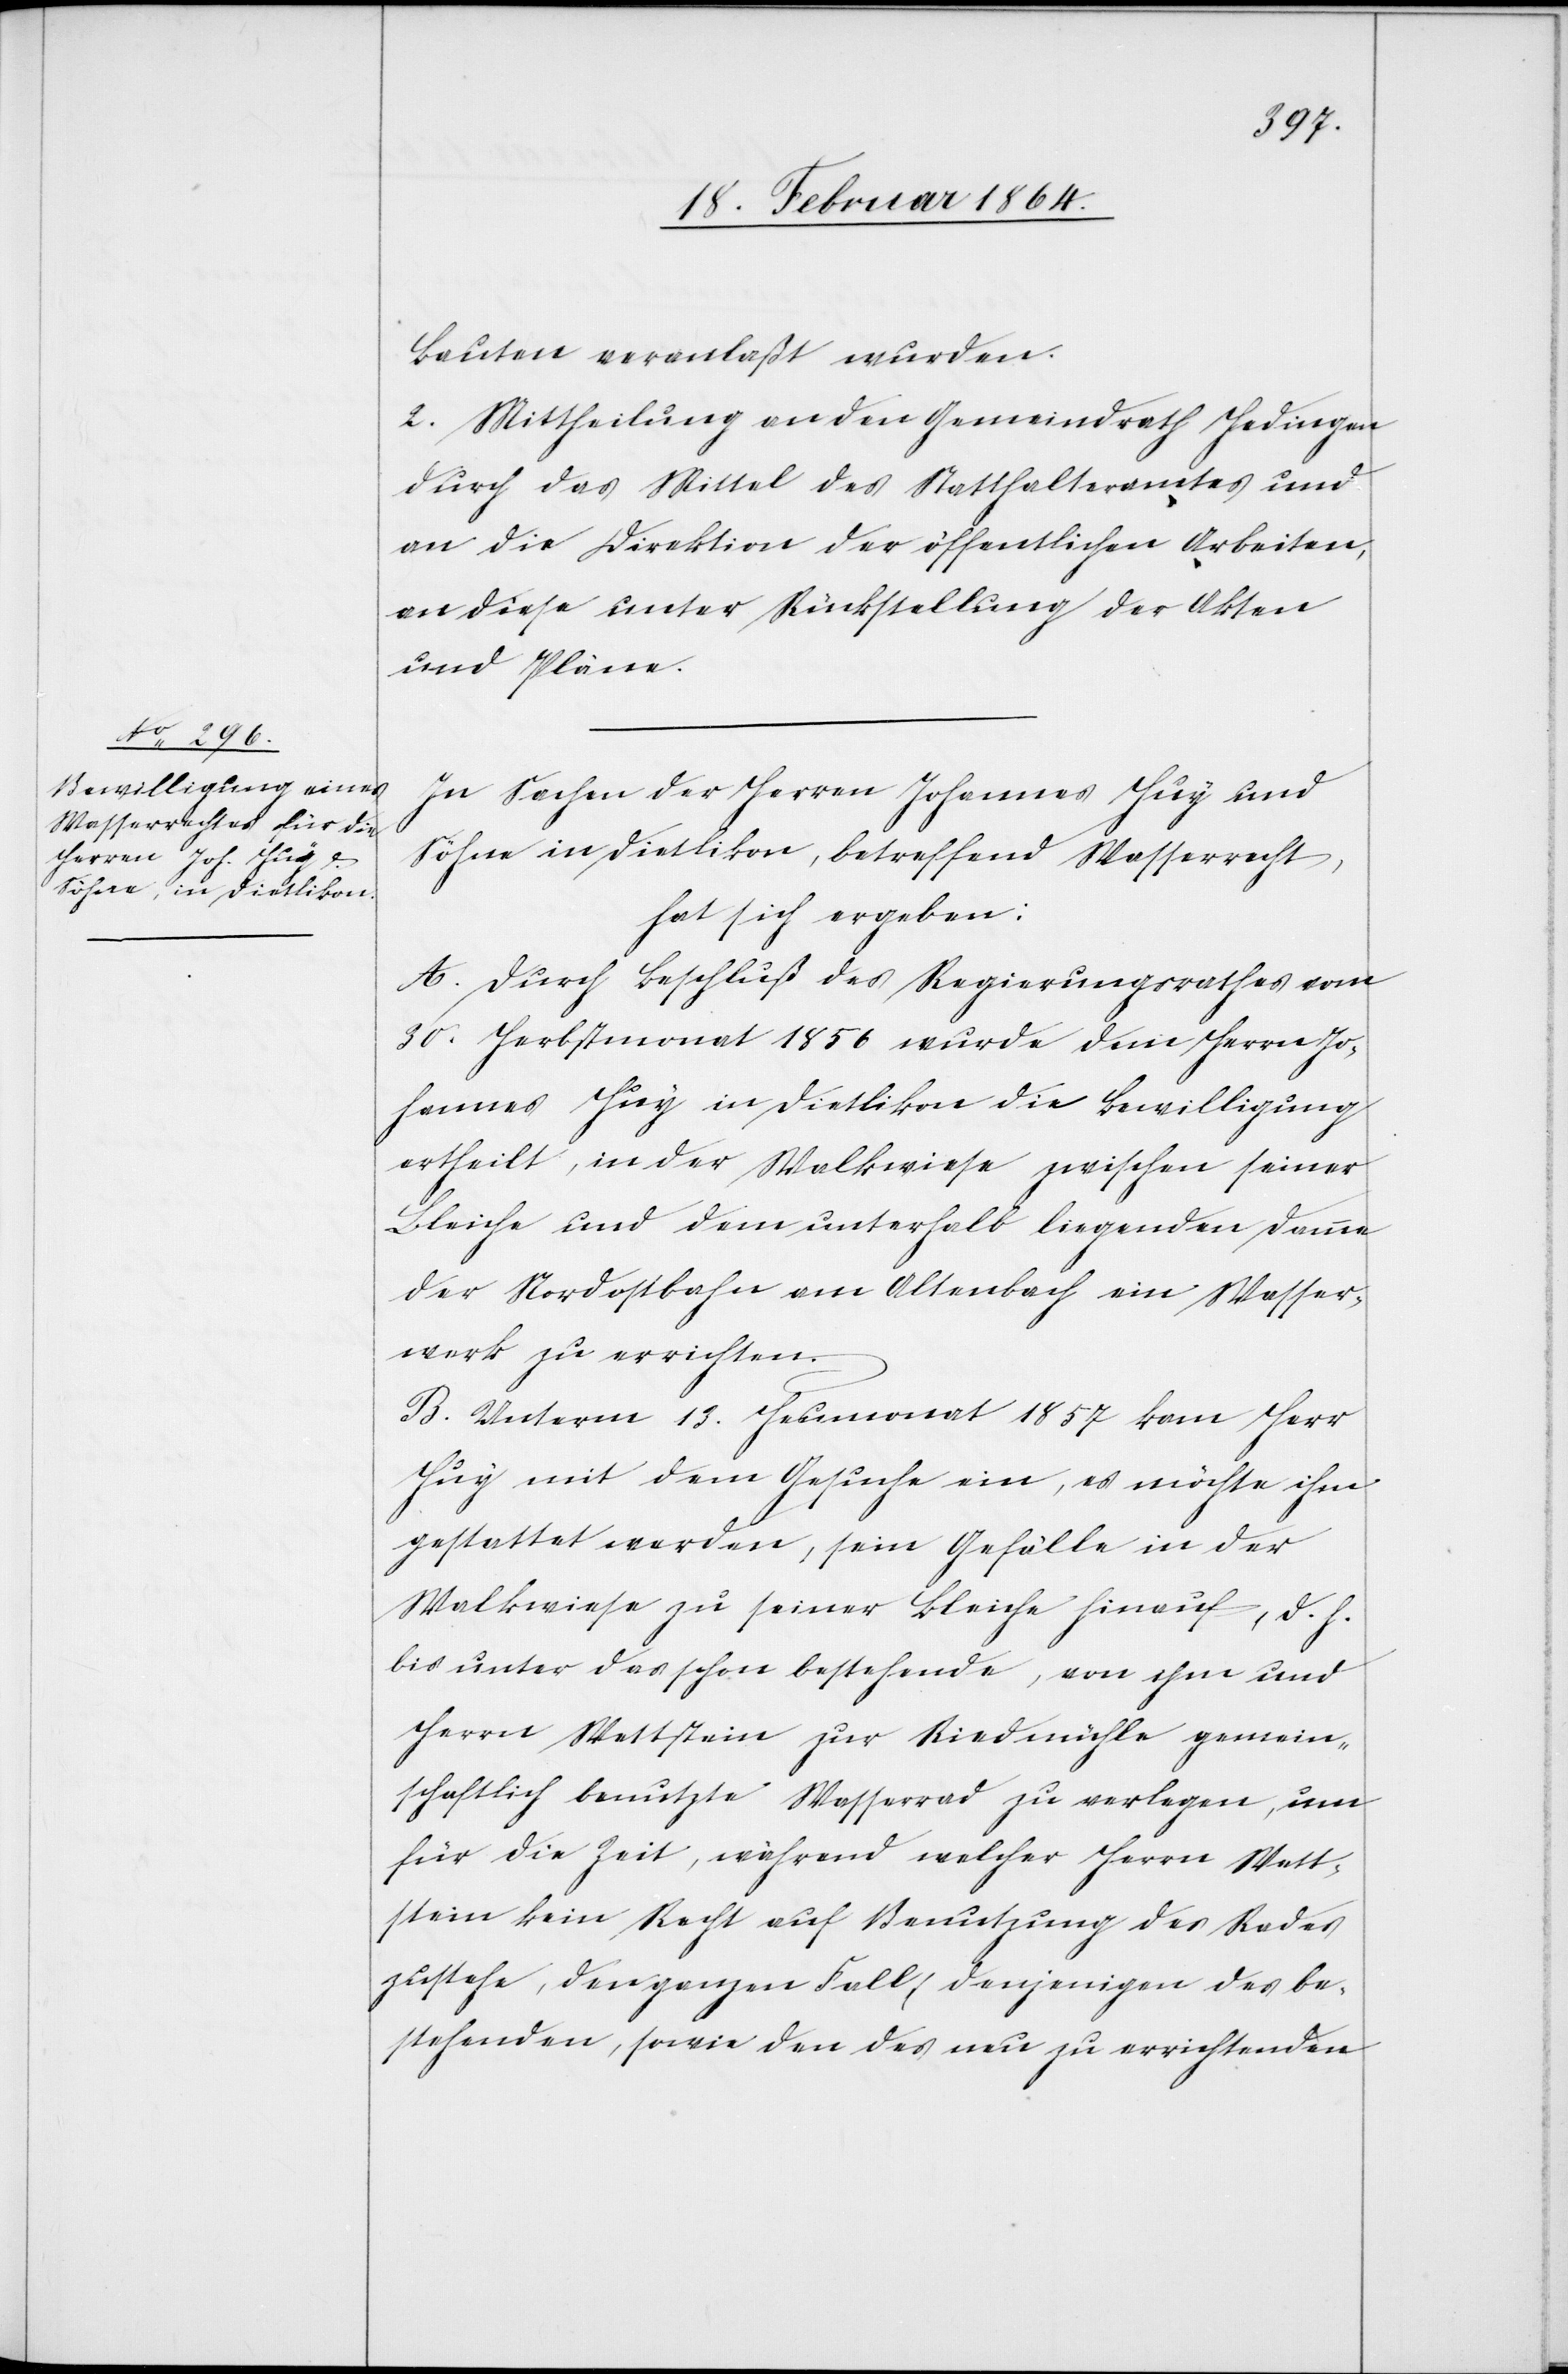
Bauten veranlaßt wurden.
2. Mittheilung an den Gemeindrath Hedingen
durch das Mittel des Statthalteramtes und
an die Direktion der öffentlichen Arbeiten,
an diese unter Rückstellung der Akten
und Pläne.
In Sachen der Herren Huy und
Söhne in Dietlikon, betreffend Wasserrecht,
hat sich ergeben:
A. Durch Beschluß des Regierungsrathes vom
30. Herbstmonat 1856 wurde dem Herrn Jo¬
hannes Huy in Dietlikon die Bewilligung
ertheilt, in der Walkwiese zwischen seiner
Bleiche und dem unterhalb liegenden Damme
der Nordostbahn am Altenbach ein Wasser¬
werk zu errichten.
B. Unterm 13. Heumonat 1857 kam Herr
Huy mit dem Gesuche ein, es möchte ihm
gestattet werden, sein Gefälle in der
Walkwiese zu seiner Bleiche hinauf, d. h.
bis unter das schon bestehende, von ihm und
Herrn Wettstein zur Riedenmühle gemein¬
schaftlich benutzte Wasserrad zu verlegen, um
für die Zeit, während welcher Herrn Wett¬
stein kein Recht auf Benutzung des Rades
zustehe, den ganzen Fall, denjenigen des be¬
stehenden, sowie den des neu zu errichtenden